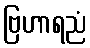
ဗြဟာရညံ